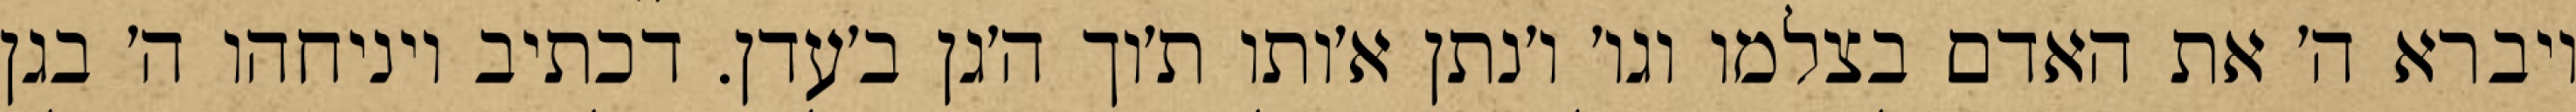
ויברא ה׳ את האדם בצלמו וגו׳ ו׳נתן א׳ותו ת׳וך ה׳גן ב׳עדן. דכתיב ויניחהו ה׳ בגן